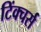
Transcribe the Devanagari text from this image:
टिंक्चर्स